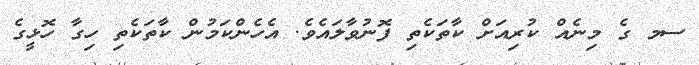
ސމ ގެ މިނެއް ކުރިއަށް ކާތަކެތި ފޮނުވާލައެވެ. އެހެންކަމުން ކާތަކެތި ހިގާ ހޮޅީގެ